Vaccination in Bombay 1913-1923 - 1913-1923
Year: 1913
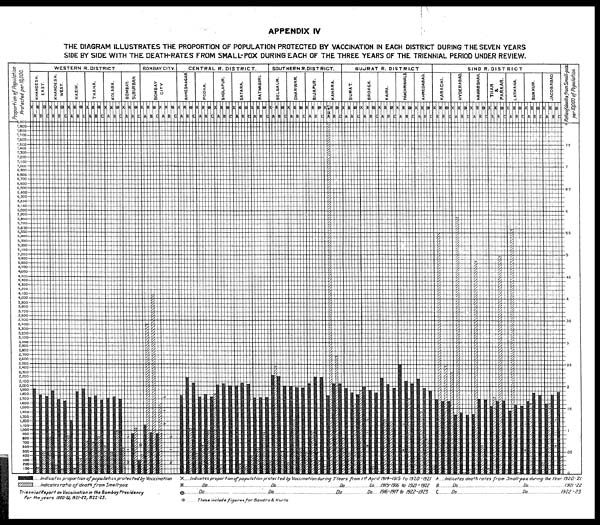
APPENDIX IV
THE DIAGRAM ILLUSTRATES THE PROPORTION OF POPULATION PROTECTED BY VACCINATION IN EACH DISTRICT DURING THE SEVEN YEARS
SIDE BY SIDE WITH THE DEATH-RATES FROM SMALL-POX DURING EACH OF THE THREE YEARS OF THE TRIENNIAL PERIOD UNDER REVIEW.